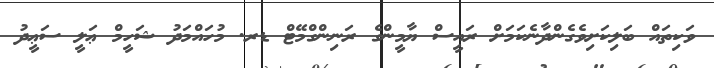
ވަކިތައް ބަލިކަށިވެގެންދާނެކަމަށް ރައީސް ޔާމީންގެ ރަނިންގްމޭޓް ޑރ. މުހައްމަދު ޝަހީމް ޢަލީ ސަޢީދު